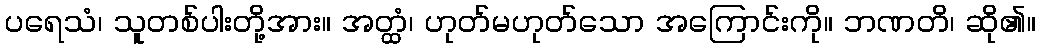
ပရေသံ၊ သူတစ်ပါးတို့အား။ အတ္ထံ၊ ဟုတ်မဟုတ်သော အကြောင်းကို။ ဘဏတိ၊ ဆို၏။